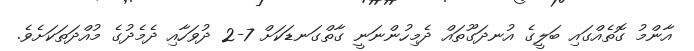
އާންމު ގޮތެއްގައި ބަލީގެ އުނދަގޫތައް ދެމިހުންނަނީ ގާތްގަނޑަކަށް 7-2 ދުވަހާއި ދެމެދުގެ މުއްދަތަކަށެވެ.